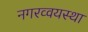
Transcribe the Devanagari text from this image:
नगरव्वयस्था